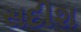
સદીશ